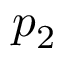
p _ { 2 }